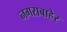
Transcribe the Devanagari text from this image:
नगराबाहेर